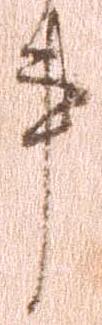
事